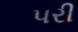
પરી